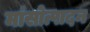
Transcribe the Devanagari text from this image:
मांसोत्पादन